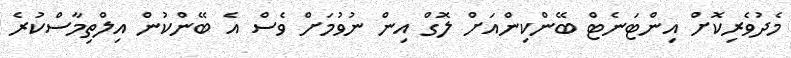
މެދުވެރިކޮށް އިންޓަނެޓް ބޭންކިންއަށް ލޮގް އިން ނުވުމަށް ވެސް އެ ބޭންކުން އިލްތިމާސްކުރެ